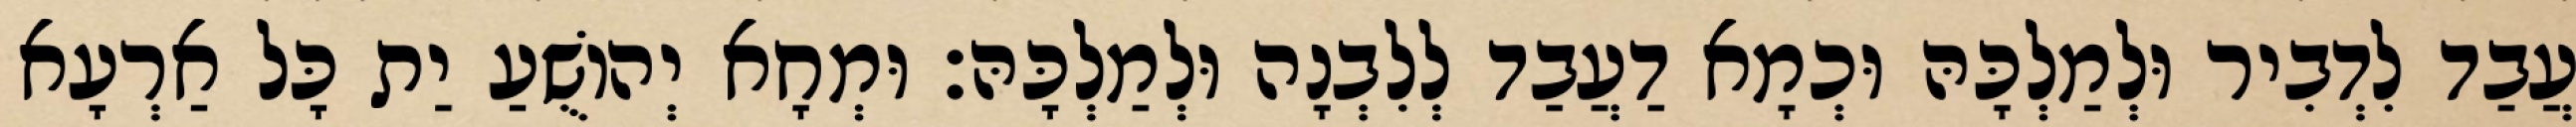
עֲבַד לִדְבִיר וּלְמַלְכָּהּ וּכְמָא דַעֲבַד לְלִבְנָה וּלְמַלְכָּהּ׃ וּמְחָא יְהוֹשֻׁעַ יַת כָּל אַרְעָא